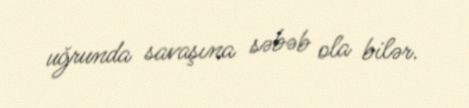
uğrunda savaşına səbəb ola bilər.